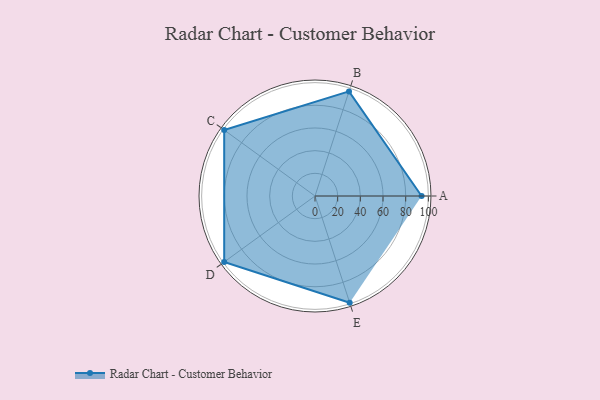
{"axis": {"x": "Skill", "y": "Score"}, "legend": ["Profile"], "data": [{"x": "A", "y": 94.0, "type": "Profile"}, {"x": "B", "y": 97.0, "type": "Profile"}, {"x": "C", "y": 99, "type": "Profile"}, {"x": "D", "y": 99, "type": "Profile"}, {"x": "E", "y": 99, "type": "Profile"}]}